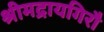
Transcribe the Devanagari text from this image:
श्रीमद्रायगिरौ